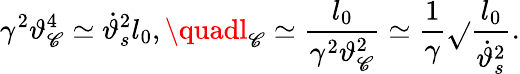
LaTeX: \gamma^{2}\vartheta_{\mathscr{C}}^{4}\simeq\dot{{\vartheta}}_{s}^{2}l_{0},\quadl_{\mathscr{C}}\simeq\frac{{l_{0}}}{{\gamma^{2}\vartheta_{\mathscr{C}}^{2}}}\simeq\frac{{1}}{{\gamma}}\sqrt{}{{\frac{{l_{0}}}{{\dot{{\vartheta}}_{s}^{2}}}}}.